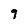
Character: 9